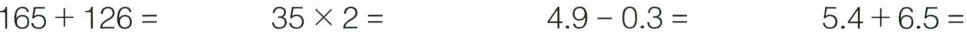
$$1 6 5 + 1 2 6 =$$ $$3 5 \times 2 =$$ $$4 . 9 - 0 . 3 =$$ $$5 . 4 + 6 . 5 =$$